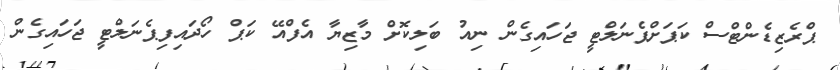
ޕްރެޒިޑެންޓްސް ކަޕަށްޕެނަލްޓީ ޖަހައިގެން ނިއު ބަލިކޮށް މާޒިޔާ އެފްއޭ ކަޕް ހޯދައިފިޕެނަލްޓީ ޖަހައިގެން